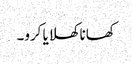
کھانا کھلایا کرو۔